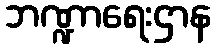
ဘဏ္ဍာရေးဌာန